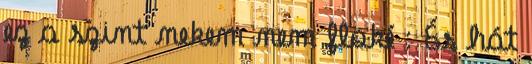
ez a szint nekem nem floké : És hát